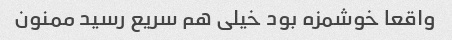
واقعا خوشمزه بود خیلی هم سریع رسید ممنون